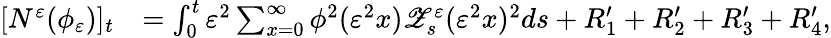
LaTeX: \begin{array}{rl}{[N^{\varepsilon}(\phi_{\varepsilon})]_{t}}&{=\int_{0}^{t}\varepsilon^{2}\sum_{x=0}^{\infty}\phi^{2}(\varepsilon^{2}x)\mathscr{Z}_{s}^{\varepsilon}(\varepsilon^{2}x)^{2}ds+R_{1}^{\prime}+R_{2}^{\prime}+R_{3}^{\prime}+R_{4}^{\prime},}\end{array}